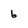
Character: 6